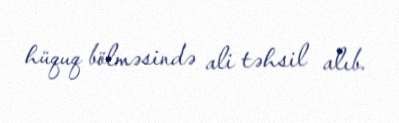
hüquq bölməsində ali təhsil alıb.